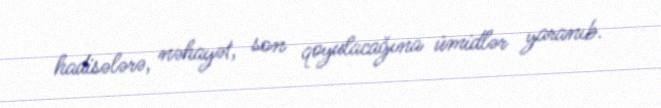
hadisələrə, nəhayət, son qoyulacağına ümidlər yaranıb.